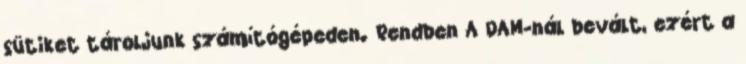
sütiket tároljunk számítógépeden. Rendben A DAM-nál bevált, ezért a